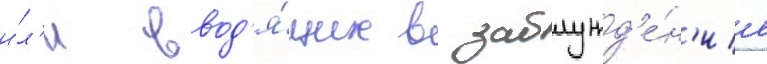
и́л'и ввод'я́щих в заблужд'е́н'ие